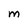
Character: M